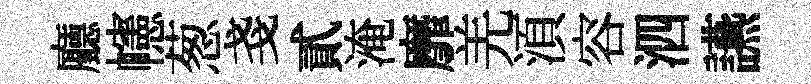
廳幰葱戔貳淹靡羌湏容泗讌